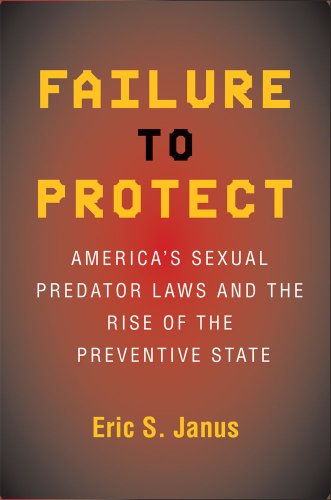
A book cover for Failure to Protect: America's Sexual Predator Laws and the Rise of the Preventive State; Eric S. Janus; Law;